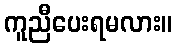
ကူညီပေးရမလား။